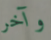
وآخر